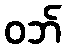
ဝဘ်